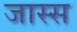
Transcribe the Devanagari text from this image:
जास्स